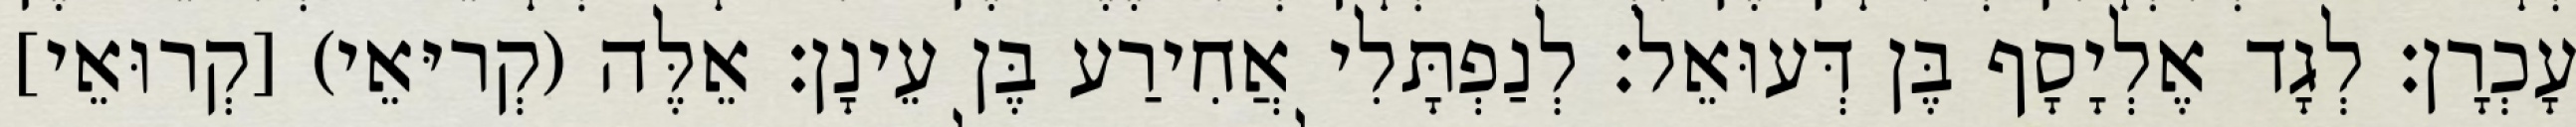
עָכְרָן׃ לְגָד אֶלְיָסָף בֶּן דְּעוּאֵל׃ לְנַפְתָּלִי אֲחִירַע בֶּן עֵינָן׃ אֵלֶּה (קְריּאֵי) [קְרוּאֵי]